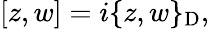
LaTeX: [z,w]=i\{ z,w\} _{\mathrm{D}},